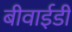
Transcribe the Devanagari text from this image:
बीवाईडी